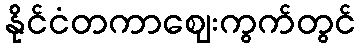
နိုင်ငံတကာဈေးကွက်တွင်